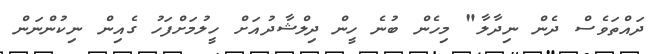
ދައްތަވެސް ދެން ނިދާލާ" މިހެން ބުނެ ހީން ދިލްޝާދުއަށް ހީލުމަށްފަހު ގެއިން ނިކުންނަން